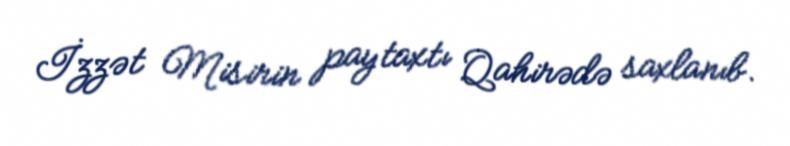
İzzət Misirin paytaxtı Qahirədə saxlanıb.